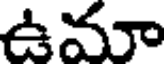
ఉమా